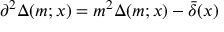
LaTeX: \partial ^ { 2 } \Delta ( m ; x ) = m ^ { 2 } \Delta ( m ; x ) - \bar { \delta } ( x )